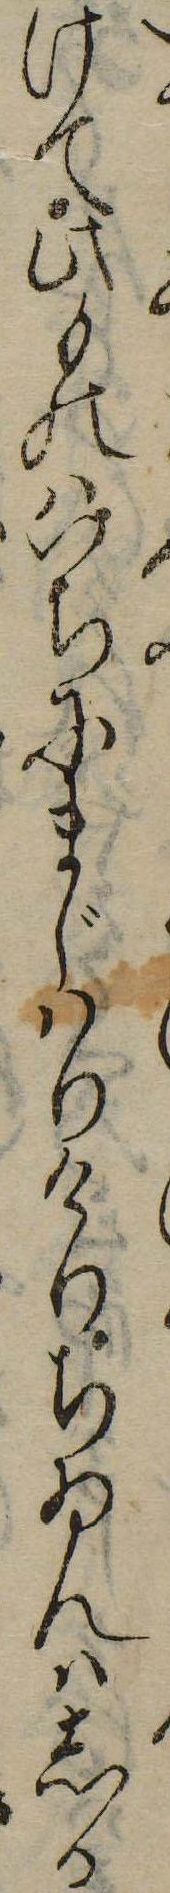
けて此ものはいちにまじはりけりちゐんはしる